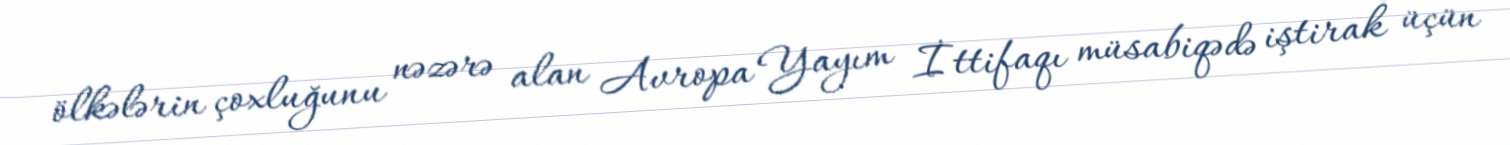
ölkələrin çoxluğunu nəzərə alan Avropa Yayım İttifaqı müsabiqədə iştirak üçün